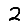
Digit: 2